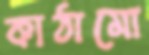
কাঠামো